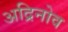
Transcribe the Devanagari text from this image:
अद्रिनोव